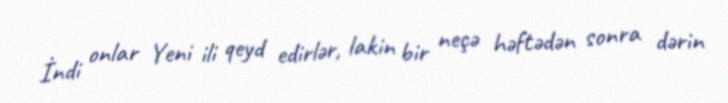
İndi onlar Yeni ili qeyd edirlər, lakin bir neçə həftədən sonra dərin